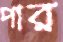
পার